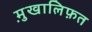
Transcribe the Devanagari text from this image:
मु़खालिफ़त